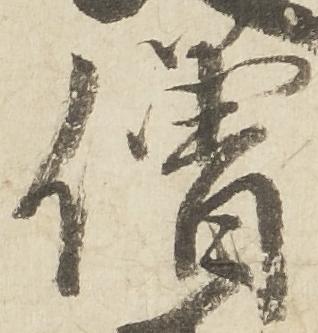
僧